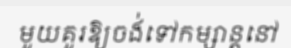
មួយគួរឱ្យចង់ទៅកម្សាន្តនៅ